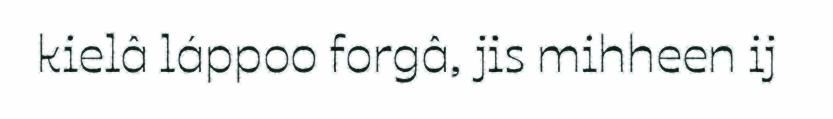
kielâ láppoo forgâ, jis mihheen ij